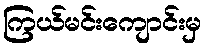
ကြယ်မင်းကျောင်းမှ